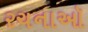
રચનાઑ